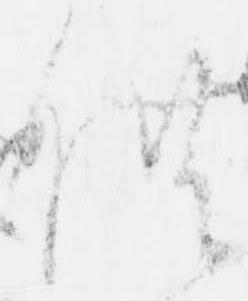
供